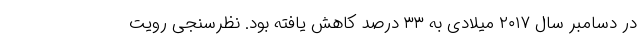
در دسامبر سال ۲۰۱۷ میلادی به ۳۳ درصد کاهش یافته بود. نظرسنجی رویت